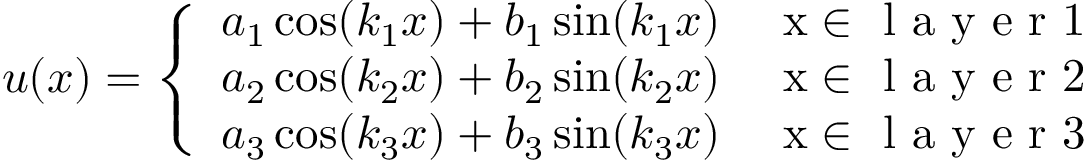
u ( x ) = \left\{ \begin{array} { l l } { a _ { 1 } \cos ( k _ { 1 } x ) + b _ { 1 } \sin ( k _ { 1 } x ) } & { \mathrm { ~ x \in ~ } \textrm { l a y e r } 1 } \\ { a _ { 2 } \cos ( k _ { 2 } x ) + b _ { 2 } \sin ( k _ { 2 } x ) } & { \mathrm { ~ x \in ~ } \textrm { l a y e r } 2 } \\ { a _ { 3 } \cos ( k _ { 3 } x ) + b _ { 3 } \sin ( k _ { 3 } x ) } & { \mathrm { ~ x \in ~ } \textrm { l a y e r } 3 } \end{array} \right.